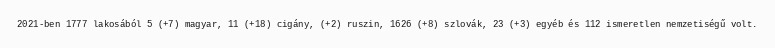
2021-ben 1777 lakosából 5 (+7) magyar, 11 (+18) cigány, (+2) ruszin, 1626 (+8) szlovák, 23 (+3) egyéb és 112 ismeretlen nemzetiségű volt.